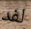
لفد